Civil Veterinary Dept. North-West Frontier Province 1901-22 - 1901-1922
Year: 1901
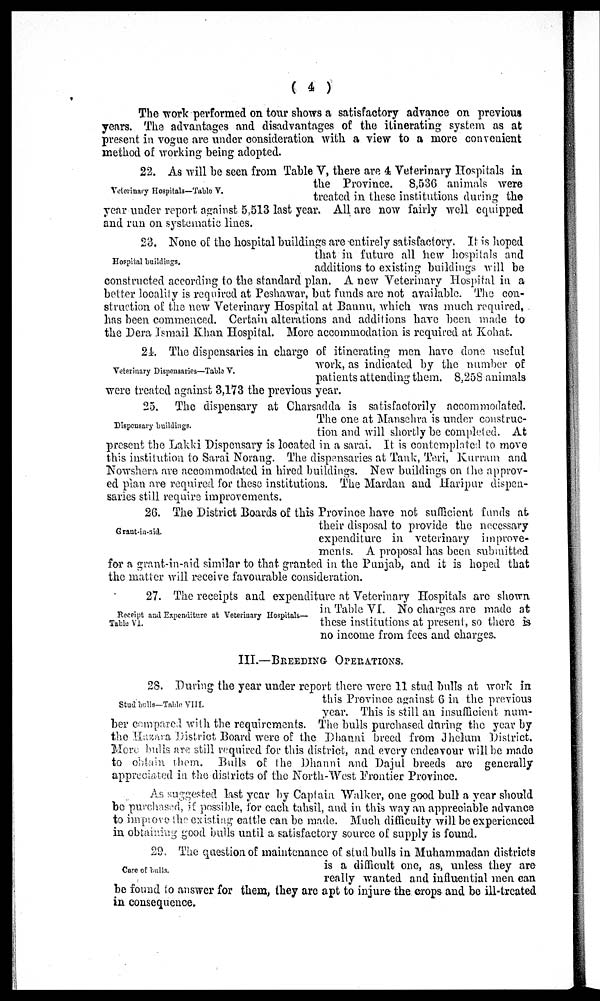
(4)
The work performed on tour shows a satisfactory advance on previous
years. The advantages and disadvantages of the itinerating system as at
present in vogue are under consideration with a view to a more convenient
method of working being adopted.
Veterinary Hospitals—Table V.
22. As will be seen from Table V, there are 4 Veterinary Hospitals in
the Province. 8,536 animals were
treated in these institutions during the
year under report against 5,513 last year. All are now fairly well equipped
and run on systematic lines.
Hospital buildings.
23. None of the hospital buildings are entirely satisfactory. It is hoped
that in future all hew hospitals and
additions to existing buildings will be
constructed according to the standard plan. A new Veterinary Hospital in a
better locality is required at Peshawar, but funds are not available. The con-
struction of the new Veterinary Hospital at Bannu, which was much required,
has been commenced. Certain alterations and additions have been made to
the Dera Ismail Khan Hospital. More accommodation is required at Kohat.
Veterinary Dispensaries—Table V.
24. The dispensaries in charge of itinerating men have done useful
work, as indicated by the number of
patients attending them. 8,258 animals
were treated against 3,173 the previous year.
Dispensary buildings.
25. The dispensary at Charsadda is satisfactorily accommodated.
The one at Mansehra is under construc-
tion and will shortly be completed. At
present the Lakki Dispensary is located in a sarai. It is contemplated to move
this institution to Sarai Norang. The dispensaries at Tank, Teri, Kurram and
Nowshera are accommodated in hired buildings. New buildings on the approv-
ed plan are required for these institutions. The Mardan and Haripur dispen-
saries still require improvements.
Grant-in-aid.
26. The District Boards of this Province have not sufficient funds at
their disposal to provide the necessary
expenditure in veterinary improve-
ments. A proposal has been submitted
for a grant-in-aid similar to that granted in the Punjab, and it is hoped that
the matter will receive favourable consideration.
Receipt and Expenditure at Veterinary Hospitals—
Table VI.
27. The receipts and expenditure at Veterinary Hospitals are shown
in Table VI. No charges are made at
these institutions at present, so there is
no income from fees and charges.
III.—BREEDING OPERATIONS.
Stud bulls-Table VIII.
28. During the year under report there were 11 stud bulls at work in
this Province against 6 in the previous
year. This is still an insufficient num-
ber compared with the requirements. The bulls purchased during the year by
the Hazara District Board were of the Dhanni breed from Jhelum District.
More bulls are still required for this district, and every endeavour will be made
to obtain them. Bulls of the Dhanni and Dajul breeds are generally
appreciated in the districts of the North-West Frontier Province.
As suggested last year by Captain Walker, one good bull a year should
be purchased, if possible, for each tahsil, and in this way an appreciable advance
to improve the existitng cattle can be made. Much difficulty will be experienced
in obtaining good bulls until a satisfactory source of supply is found.
Care of bulls.
29. The question of maintenance of stud bulls in Muhammadan districts
is a difficult one, as, unless they are
really wanted and influential men can
be found to answer for them, they are apt to injure the crops and be ill-treated
in consequence.